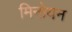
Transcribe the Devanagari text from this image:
मिनोयन